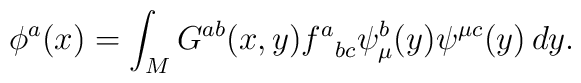
\phi^a(x)=\int_M G^{ab}(x,y){f^a}_{bc}\psi_\mu^b(y)\psi^{\mu c}(y) \,dy.